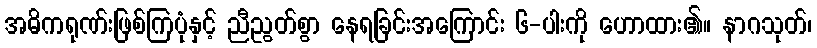
အဓိကရုဏ်းဖြစ်ကြပုံနှင့် ညီညွတ်စွာ နေရခြင်းအကြောင်း ၆-ပါးကို ဟောထား၏။ နာဂသုတ်၊